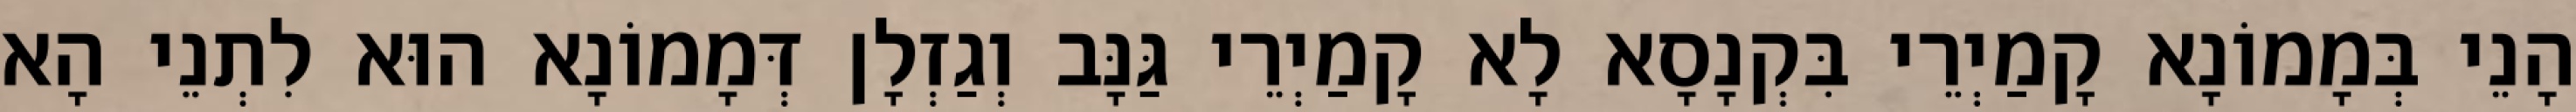
הָנֵי בְּמָמוֹנָא קָמַיְרֵי בִּקְנָסָא לָא קָמַיְרֵי גַּנָּב וְגַזְלָן דְּמָמוֹנָא הוּא לִתְנֵי הָא